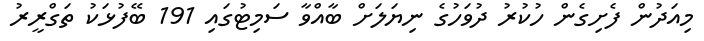
މިއަދުން ފެށިގެން ހުކުރު ދުވަހުގެ ނިޔަލަށް ބާއްވާ ސަމިޓުގައި 191 ބޭފުޅަކު ތަގްރީރު